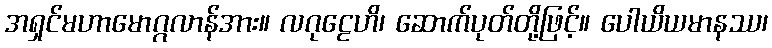
အရှင်မဟာမောဂ္ဂလာန်အား။ လဂုဠေဟိ၊ ဆောက်ပုတ်တို့ဖြင့်။ ပေါယိယမာနဿ၊